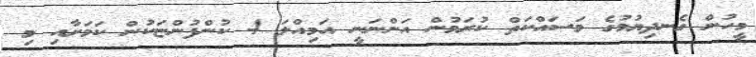
މީހުން ގެނދިޔުމުގެ މަސައްކަތް ކުރަމުން އަންނަނީ އަމިއްލަ 4 ކުންފުންޏަކުން ކަމަށާއި މި